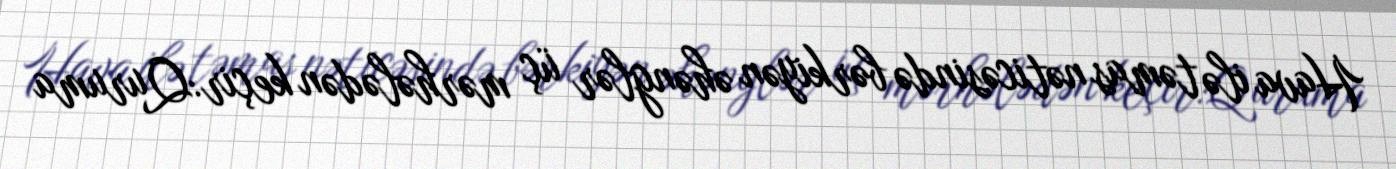
Hava ilə təmas nəticəsində bərkiyən əhənglər üç mərhələdən keçir:Quruma